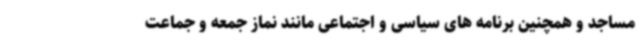
مساجد و همچنین برنامه های سیاسی و اجتماعی مانند نماز جمعه و جماعت